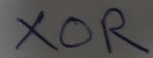
Text: XOR